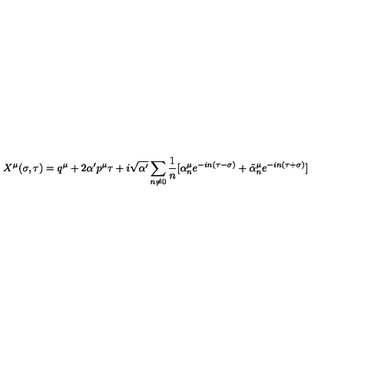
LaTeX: X ^ { \mu } ( \sigma , \tau ) = q ^ { \mu } + 2 \alpha ^ { \prime } p ^ { \mu } \tau + i \sqrt { \alpha ^ { \prime } } \sum _ { n \neq 0 } \frac { 1 } { n } [ \alpha _ { n } ^ { \mu } e ^ { - i n ( \tau - \sigma ) } + \tilde { \alpha } _ { n } ^ { \mu } e ^ { - i n ( \tau + \sigma ) } ]